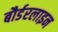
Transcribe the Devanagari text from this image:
बौर्डरलाइन